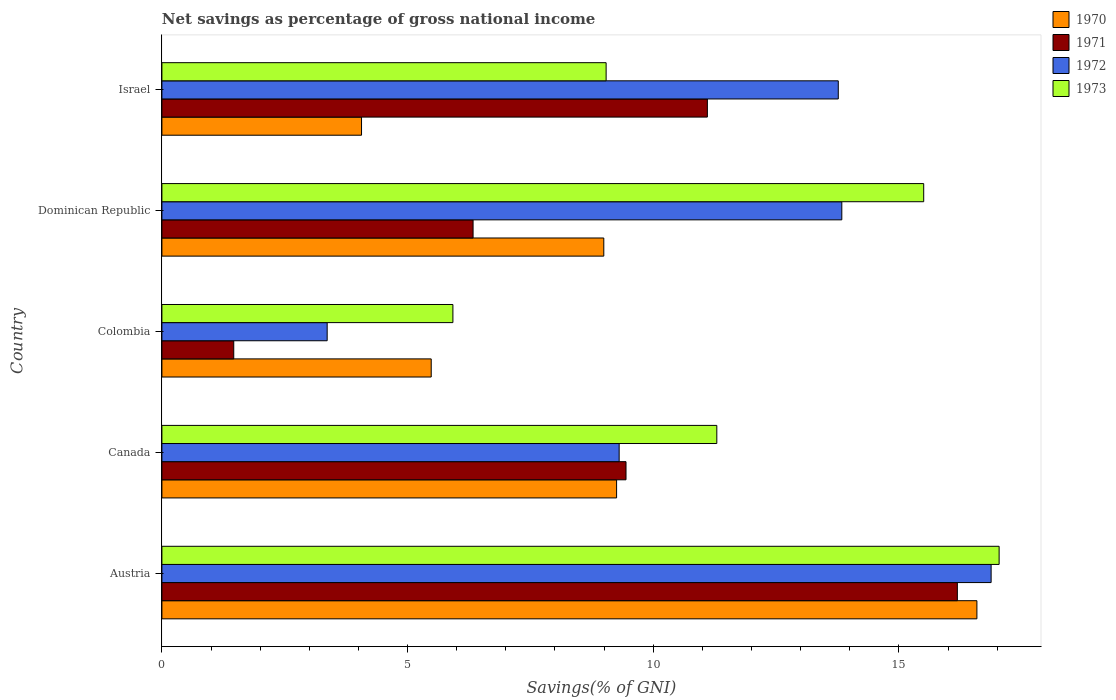
| Country | 1970 | 1971 | 1972 | 1973 |
 | --- | --- | --- | --- | --- |
 | Austria | 16.6 | 16.2 | 16.9 | 17 |
 | Canada | 9.25 | 9.45 | 9.31 | 11.3 |
 | Colombia | 5.48 | 1.46 | 3.36 | 5.92 |
 | Dominican Republic | 8.99 | 6.33 | 13.8 | 15.5 |
 | Israel | 4.06 | 11.1 | 13.8 | 9.04 |